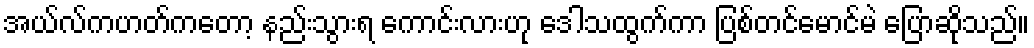
အယ်လ်ကဟတ်ကတော့ နည်းသွားရ ကောင်းလားဟု ဒေါသထွက်ကာ ပြစ်တင်မောင်မဲ ပြောဆိုသည်။